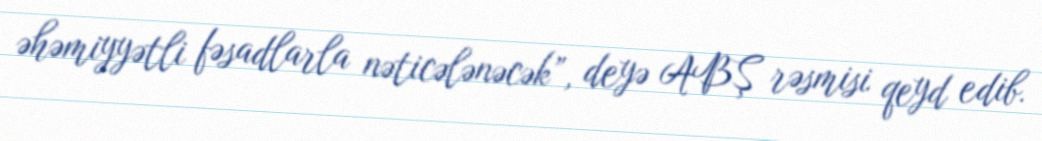
əhəmiyyətli fəsadlarla nəticələnəcək”, deyə ABŞ rəsmisi qeyd edib.